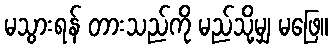
မသွားရန် တားသည်ကို မည်သို့မျှ မဖြေ။